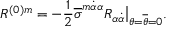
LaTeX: R ^ { ( 0 ) m } = - { \frac { 1 } { 2 } } \overline { { \sigma } } ^ { m \dot { \alpha } \alpha } R _ { \alpha \dot { \alpha } } \bigr | _ { \theta = \overline { { \theta } } = 0 } .